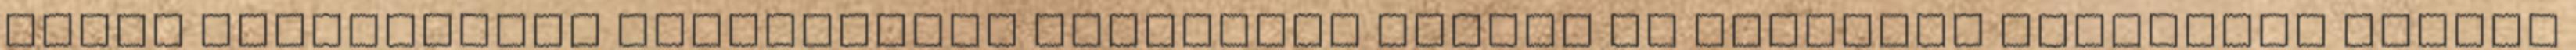
NÉMET NEMZETISÉGI NYELVOKTATÓ ÁLTALÁNOS ISKOLA ÉS ALAPFOKÚ MŰVÉSZETI ISKOLA